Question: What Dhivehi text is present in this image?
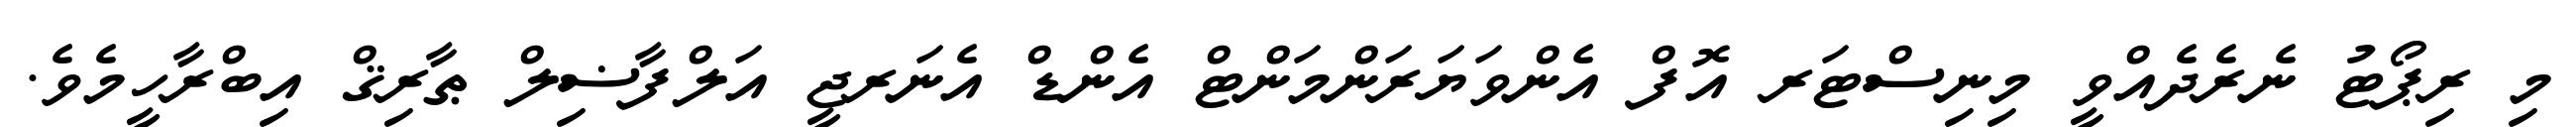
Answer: މި ރިޕޯޓު ނެރެދެއްވީ މިނިސްޓަރ އޮފް އެންވަޔަރަންމަންޓް އެންޑް އެނަރޖީ އަލްފާޟިލް ޠާރިޤް އިބްރާހީމެވެ.